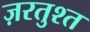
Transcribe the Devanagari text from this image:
ज़रतुश्त